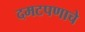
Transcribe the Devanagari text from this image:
दमटपणाचे